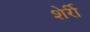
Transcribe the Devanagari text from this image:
शेर्री